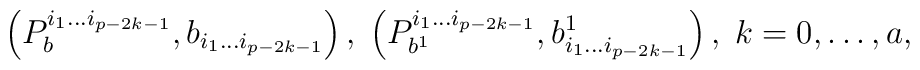
\left( P_b^{i_1\ldots i_{p-2k-1}},b_{i_1\ldots i_{p-2k-1}}\right),\;\left( P_{b^1}^{i_1\ldots i_{p-2k-1}},b_{i_1\ldots i_{p-2k-1}}^1\right),\;k=0,\ldots ,a,